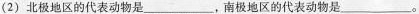
(2) 北极地区的代表动物是___，南极地区的代表动物是___。